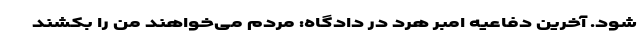
شود. آخرین دفاعیه‌ امبر هرد در دادگاه: مردم می‌خواهند من را بکشند